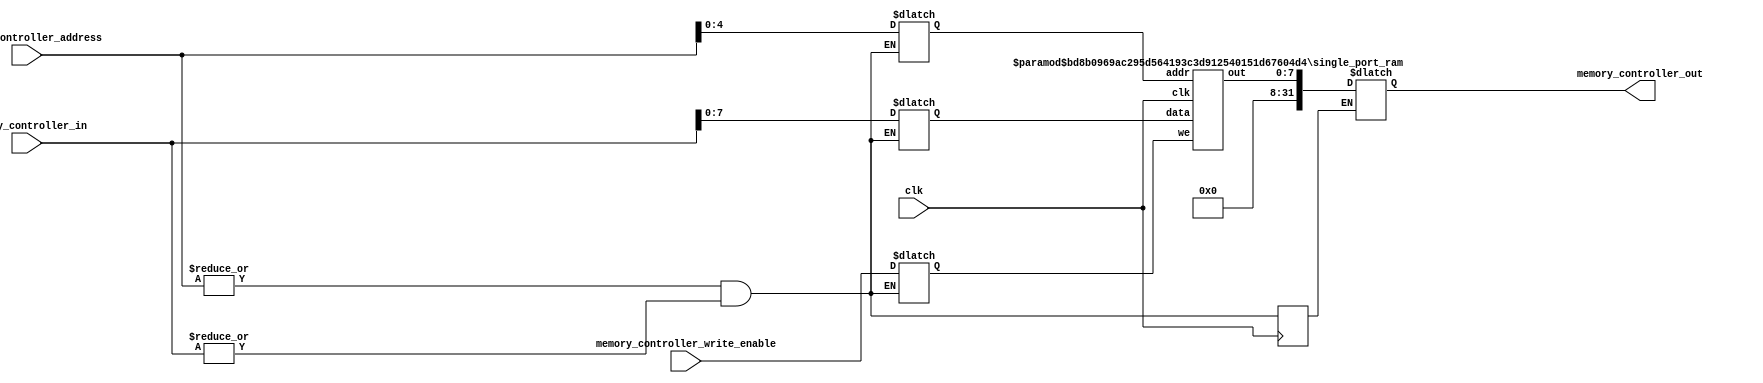
`define MEMORY_CONTROLLER_TAGS 1
`define MEMORY_CONTROLLER_TAG_SIZE 1
`define TAG__str 1'b0
`define MEMORY_CONTROLLER_ADDR_SIZE 32
`define MEMORY_CONTROLLER_DATA_SIZE 32
`define SIMULATION_MEMORY

module memory_controller
(
	clk,
	memory_controller_address,
	memory_controller_write_enable,
	memory_controller_in,
	memory_controller_out
);
input clk;
input [`MEMORY_CONTROLLER_ADDR_SIZE-1:0] memory_controller_address;
input memory_controller_write_enable;
input [`MEMORY_CONTROLLER_DATA_SIZE-1:0] memory_controller_in;
output  [`MEMORY_CONTROLLER_DATA_SIZE-1:0] memory_controller_out;
reg [`MEMORY_CONTROLLER_DATA_SIZE-1:0] memory_controller_out;


reg [4:0] str_address;
reg str_write_enable;
reg [7:0] str_in;
wire [7:0] str_out;


defparam _str.ADDR_WIDTH = 5;
defparam _str.DATA_WIDTH = 8;
single_port_ram _str (
	.clk( clk ),
	.addr( str_address ),
	.we( str_write_enable ),
	.data( str_in ),
	.out( str_out )
);


wire  tag;

//must use all wires inside module.....
assign tag = |memory_controller_address & |memory_controller_address & | memory_controller_in;
reg [`MEMORY_CONTROLLER_TAG_SIZE-1:0] prevTag;
always @(posedge clk)
	prevTag <= tag;
always @( tag or memory_controller_address or memory_controller_write_enable or memory_controller_in)
begin

case(tag)

	1'b0:
	begin
		str_address = memory_controller_address[5-1+0:0];
		str_write_enable = memory_controller_write_enable;
		str_in[8-1:0] = memory_controller_in[8-1:0];
	end
endcase

case(prevTag)

	1'b0:
		memory_controller_out = str_out;
endcase
end

endmodule 
module single_port_ram(
clk,
addr,
data,
we,
out
);

parameter DATA_WIDTH = 256;
parameter ADDR_WIDTH = 10;
input clk;
input [ADDR_WIDTH-1:0] addr;
input [DATA_WIDTH-1:0] data;
input we;
output reg [DATA_WIDTH-1:0] out;

reg [DATA_WIDTH-1:0] ram[ADDR_WIDTH-1:0];

always @(posedge clk) begin
  if (we) begin
    ram[addr] <= data;
  end
  else begin
    out <= ram[addr];
  end
end

endmodule